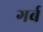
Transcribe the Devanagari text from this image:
गर्ब